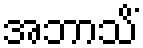
အဘာသိံ